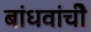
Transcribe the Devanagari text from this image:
बांधवांचीे